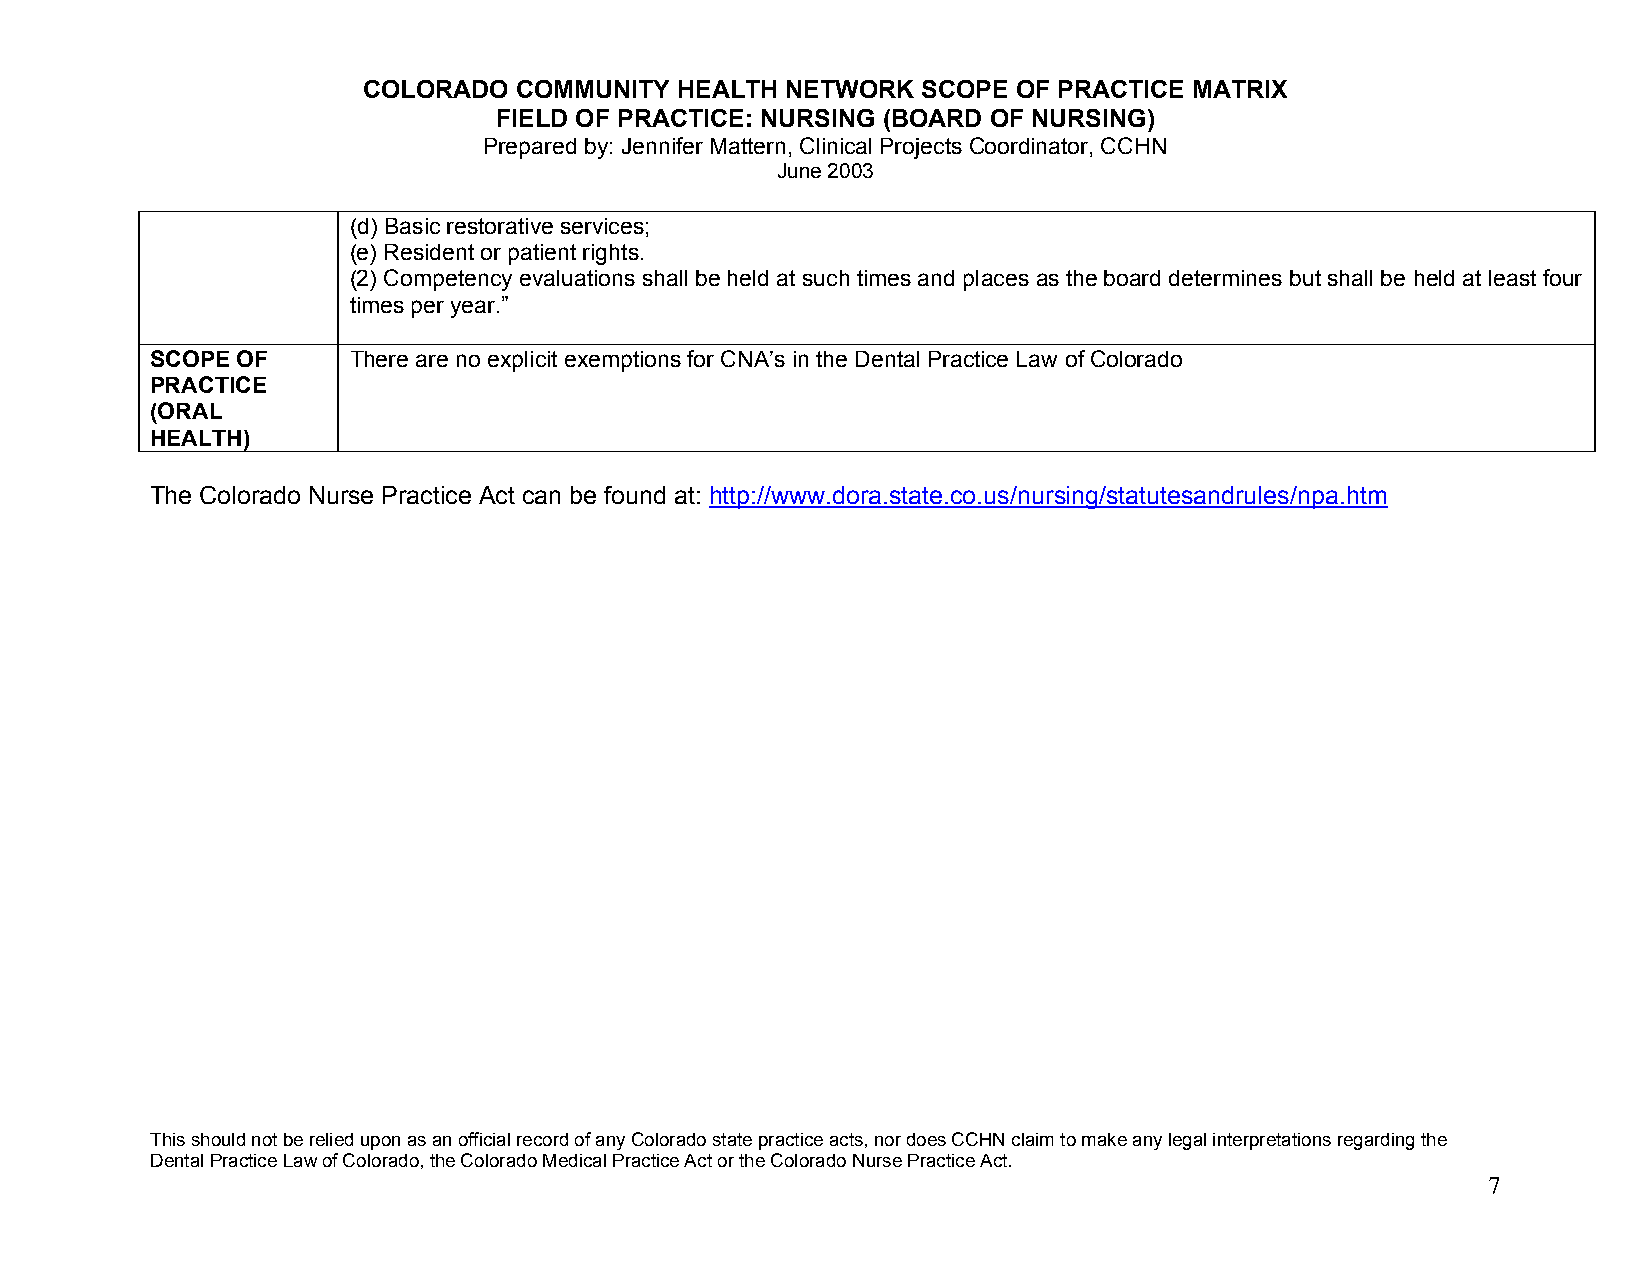
COLORADO  COMMUNITY  HEALTH NETWORK  SCOPE OF PRACTICE MATRIX
 FIELD OF PRACTICE: NURSING (BOARD OF NURSING)
 Prepared by: Jennifer Mattern, Clinical Projects Coordinator, CCHN
 June 2003
 (d) Basic restorative services;
 (e) Resident or patient rights.
 (2) Competency evaluations shall be held at such times and places as the board determines but shall be held at least four
 times per year.”
 SCOPE OF     There are no explicit exemptions for CNA’s in the Dental Practice Law of Colorado
 PRACTICE
 (ORAL
 HEALTH)
 The Colorado Nurse Practice Act can be found at: http://www.dora.state.co.us/nursing/statutesandrules/npa.htm
 This should not be relied upon as an official record of any Colorado state practice acts, nor does CCHN claim to make any legal interpretations regarding the
 Dental Practice Law of Colorado, the Colorado Medical Practice Act or the Colorado Nurse Practice Act.
 7